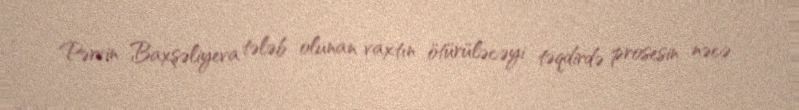
Pərvin Baxşəliyeva tələb olunan vaxtın ötürüləcəyi təqdirdə prosesin nəcə